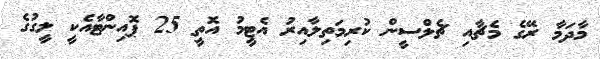
މާދަމާ ރޭގެ މެޗާއި ޗެލްސީން ކުރިމަތިލާއިރު އެޓީމު އޮތީ 25 ޕޮއިންޓާއެކީ ލީގުގެ